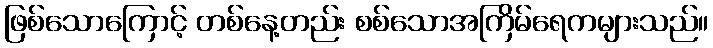
ဖြစ်သောကြောင့် တစ်နေ့တည်း စစ်သောအကြိမ်ရေကများသည်။